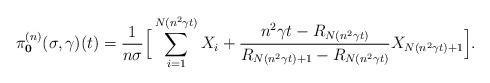
LaTeX: \begin{align*}\pi_{\mathbf{0}}^{(n)}(\sigma ,\gamma )(t)=\dfrac{1}{n\sigma}\Big [\sum_{i=1}^{N(n^{2}\gamma t)}X_{i}+\dfrac{n^{2}\gamma t-R_{N(n^{2}\gamma t)}}{R_{N(n^{2}\gamma t)+1}-R_{N(n^{2}\gamma t)}}X_{N(n^{2}\gamma t)+1}\Big ].\end{align*}